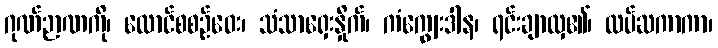
ဂုဏ်ဉာဏကို၊ ထောင်စစဉ်ဝေး၊ သံသာရှေးနှိုက်၊ ကံကျွေးဒါန၊ ရင်းချာလှ၏၊ ထပ်ဆကာကာ၊